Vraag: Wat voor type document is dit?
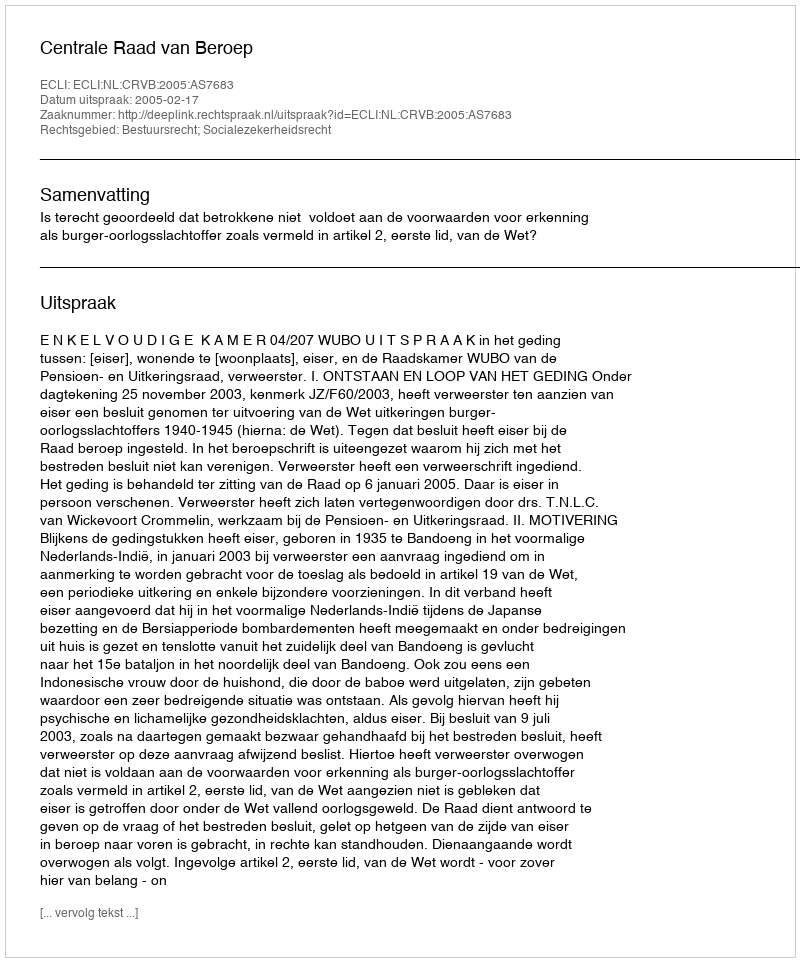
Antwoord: Uitspraak